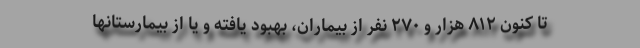
تا کنون ۸۱۲ هزار و ۲۷۰ نفر از بیماران، بهبود یافته و یا از بیمارستانها